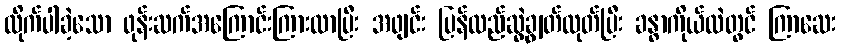
လိုက်ပါခဲ့သော ဖုန်းဆက်အကြောင်းကြားလာပြီး အဖျင်း ပြန်လည်ဆွဲချွတ်ထုတ်ပြီး ခန္ဓာကိုယ်ထဲတွင် ကြာဆေး